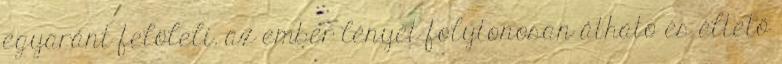
egyaránt felöleli. az ember lényét folytonosan átható és éltető